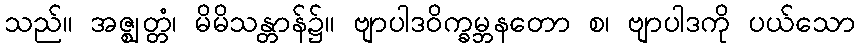
သည်။ အဇ္ဈတ္တံ၊ မိမိသန္တာန်၌။ ဗျာပါဒဝိက္ခမ္ဘနတော စ၊ ဗျာပါဒကို ပယ်သော